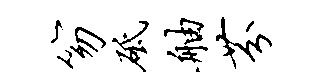
笏砥舳芬